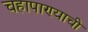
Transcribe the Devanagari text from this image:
चहापाण्याची